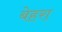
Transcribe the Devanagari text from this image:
बेहरा